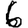
Digit: 6